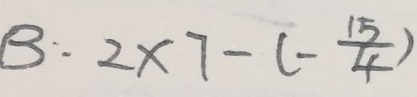
B : 2 \times 7 - ( - \frac { 1 5 } { 4 } )